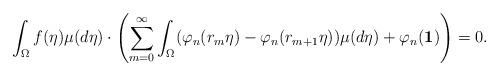
LaTeX: \begin{align*} \int_\Omega f(\eta) \mu(d\eta) \cdot \left( \sum_{m=0}^\infty \int_\Omega (\varphi_n(r_m\eta) - \varphi_n(r_{m+1}\eta))\mu(d\eta) + \varphi_n(\mathbf{1}) \right) = 0. \end{align*}